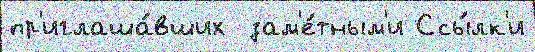
пр'иглаша́вших  зам'е́тным'и Ссы́лк'и